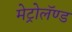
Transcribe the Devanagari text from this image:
मेट्रोलॅण्ड